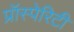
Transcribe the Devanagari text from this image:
प्रॉस्पेरिटी